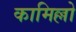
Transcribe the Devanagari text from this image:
कामिल्लो